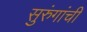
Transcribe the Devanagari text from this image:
सुरुंगांची